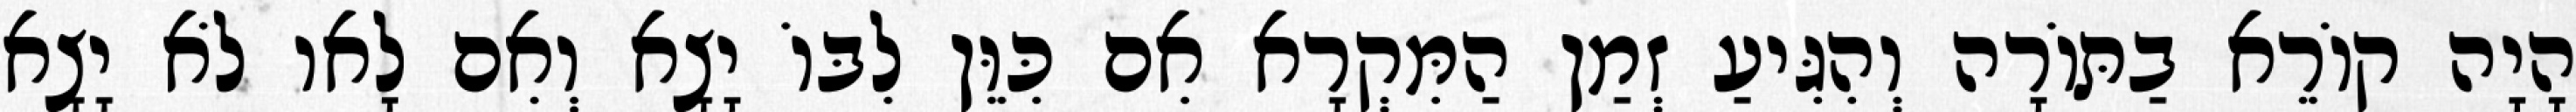
הָיָה קוֹרֵא בַתּוֹרָה וְהִגִּיעַ זְמַן הַמִּקְרָא אִם כִּוֵּן לִבּוֹ יָצָא וְאִם לָאו לֹא יָצָא